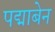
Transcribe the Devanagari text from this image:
पद्माबेन